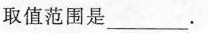
取值范围是___。